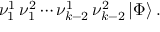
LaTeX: \nu _ { 1 } ^ { 1 } \, \nu _ { 1 } ^ { 2 } \cdots \nu _ { k - 2 } ^ { 1 } \, \nu _ { k - 2 } ^ { 2 } \, \vert \Phi \rangle \, .